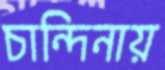
চান্দিনায়